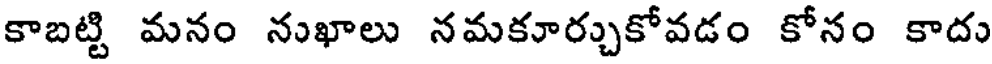
కాబట్టి మనం నుఖాలు నమకూర్చుకోవడం కోనం కాదు